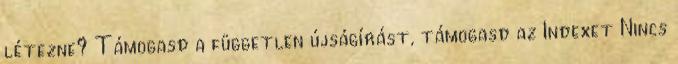
létezne? Támogasd a független újságírást, támogasd az Indexet Nincs